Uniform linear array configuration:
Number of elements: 48
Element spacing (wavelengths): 1
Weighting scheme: kaiser
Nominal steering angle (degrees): -45
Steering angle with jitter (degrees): -43.78
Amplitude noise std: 0.05
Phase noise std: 0.05

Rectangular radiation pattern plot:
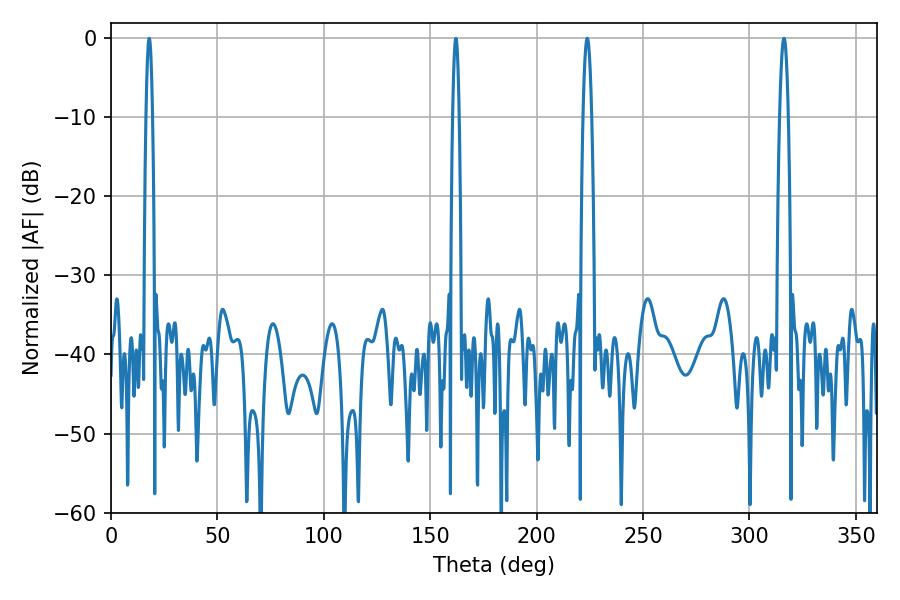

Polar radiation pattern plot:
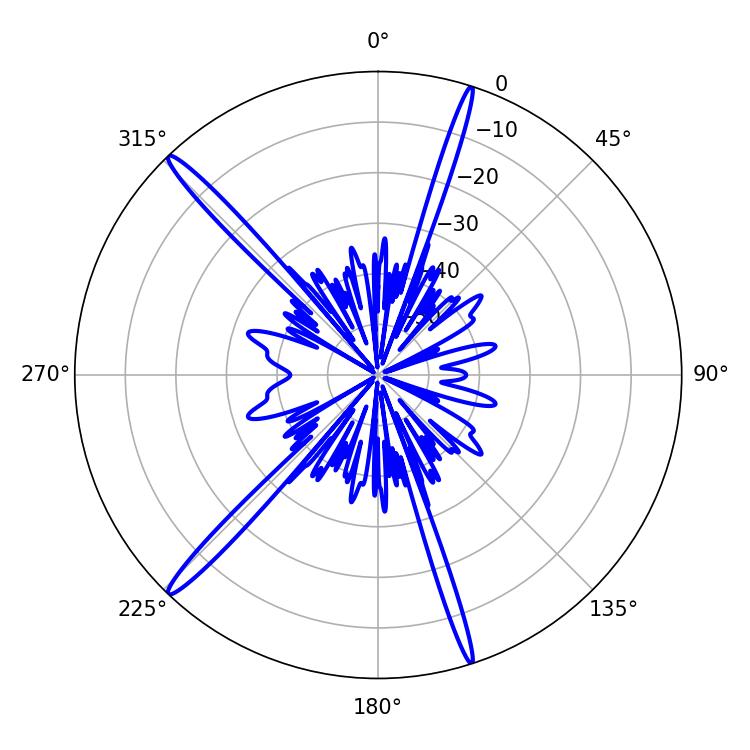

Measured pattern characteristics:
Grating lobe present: TRUE
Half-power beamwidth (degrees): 2.16
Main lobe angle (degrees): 223.74